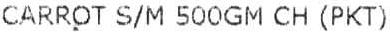
CARROT S/M 500GM CH (PKT)